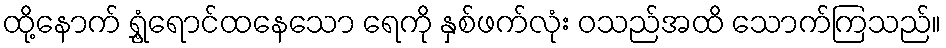
ထို့နောက် ရွှံ့ရောင်ထနေသော ရေကို နှစ်ဖက်လုံး ဝသည်အထိ သောက်ကြသည်။